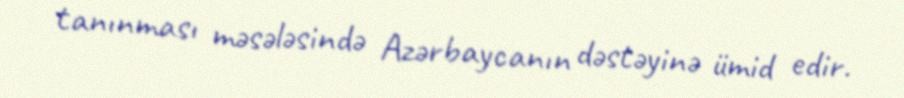
tanınması məsələsində Azərbaycanın dəstəyinə ümid edir.